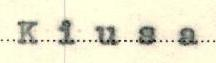
Kiusa